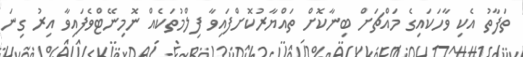
ތަފާތު އެކި ވާހަކައިގެ މައްޗަށް ބިނާކޮށް ތައްޔާރުކޮށްފައިވާ ފިލްމުތަކެއް ނޮމިނޭޓްވެފައިވާ އިރު ގިނަ